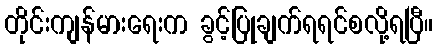
တိုင်းကျန်မားရေးက ခွင့်ပြုချက်ရရင်စလို့ရပြီ။